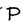
Character: P